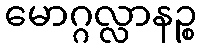
မောဂ္ဂလ္လာနဉ္စ